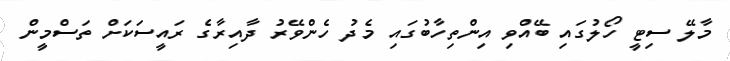
މާލޭ ސިޓީ ހޯލުގައި ބޭއްވި އިންތިހާބުގައި މެދު ހެންވޭރު ދާއިރާގެ ރައީސަކަށް ތަސްމީން